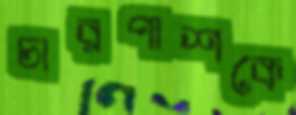
চারপাশকে